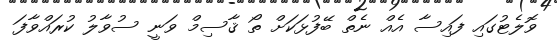
ވޮލެޓުގައި ފައިސާ އެއް ނެތް ބޭފުޅަކަށް ތޯ ޤާސިމް ވަނީ ސުވާލު ކުރައްވާފަ